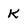
Character: K